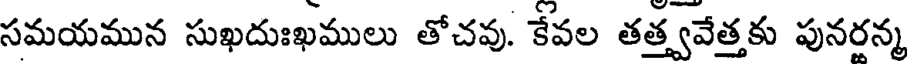
సమయమున సుఖదుఃఖములు తోచవు. కేవల తత్త్వవేత్తకు పునరన్మ